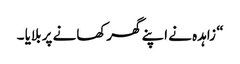
“ زاہدہ نے اپنے گھرکھانے پر بلایا ۔